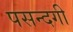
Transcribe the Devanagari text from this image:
पसन्दगी